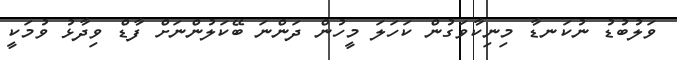
ވަލުބުޑު ނުކަނޑާ މިނިކާވަގުން ކަހަލަ މީހުން ދަންނަ ބޭކަލުންނަށް ފާޑް ވިދާޅު ވުމަކީ